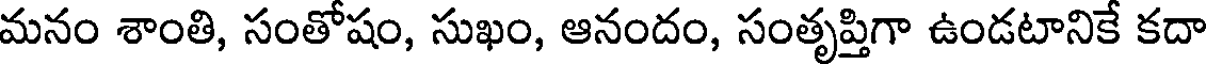
మనం శాంతి, సంతోషం, సుఖం, ఆనందం, సంతృప్తిగా ఉండటానికే కదా